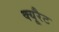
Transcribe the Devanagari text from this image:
क्यूरैट